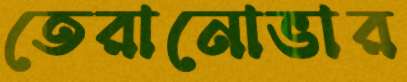
তেরানোভার